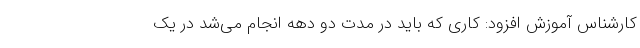
کارشناس آموزش افزود: کاری که باید در مدت دو دهه انجام می‌شد در یک